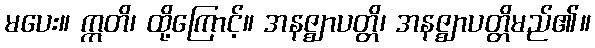
မပေး။ ဣတိ၊ ထို့ကြောင့်။ အနဇ္ဈာပတ္တိ၊ အနဇ္ဈာပတ္တိမည်၏။